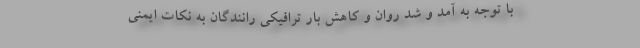
با توجه به آمد و شد روان و کاهش بار ترافیکی رانندگان به نکات ایمنی